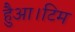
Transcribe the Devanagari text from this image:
हैुआ।टिम